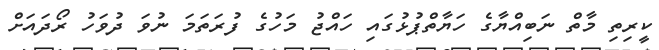
ކީރިތި މާތް ނަބިއްޔާގެ ހަޔާތްޕުޅުގައި ހައްޖު މަހުގެ ފުރަތަމަ ނުވަ ދުވަހު ރޯދައަށް